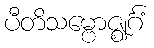
ပီတိသမ္ဗောဇ္ဈင်္ဂံ